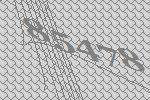
85478